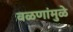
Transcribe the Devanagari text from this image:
वळणांमुळे